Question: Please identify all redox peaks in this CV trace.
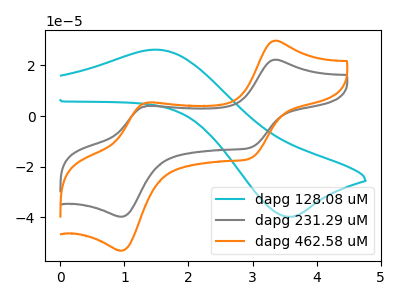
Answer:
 <answer>The cyan curve "dapg 128.08 uM" has an anodic peak at (1.50V, 26.20uA) and a cathodic peak at (3.55V, -39.75uA). The gray curve "dapg 231.29 uM" has anodic peaks at (3.35V, 22.20uA) (1.35V, 3.95uA) and cathodic peaks at (3.00V, -12.35uA) (0.95V, -39.70uA). The orange curve "dapg 462.58 uM" has anodic peaks at (3.35V, 29.70uA) (1.35V, 5.30uA) and cathodic peaks at (3.00V, -16.50uA) (0.95V, -53.10uA).</answer>
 <eval></eval>